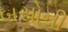
બસોની